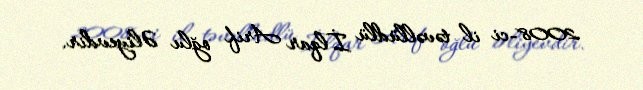
2008-ci il təvəllüdlü İlqar Arif oğlu Əliyevdir.